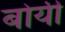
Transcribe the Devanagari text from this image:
बोयी